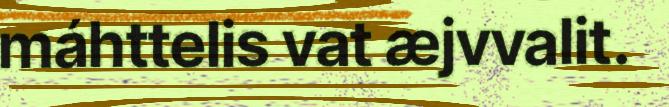
máhttelis vat æjvvalit.